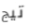
تيج